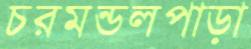
চরমন্ডলপাড়া